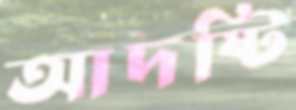
আদষ্টি